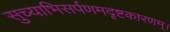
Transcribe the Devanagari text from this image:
सुच्याभिसर्पणमदृष्टकारणम्।